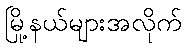
မြို့နယ်များအလိုက်